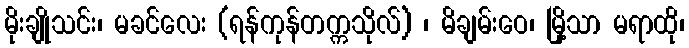
မိုးချိုသင်း၊ မခင်လေး (ရန်ကုန်တက္ကသိုလ်) ၊ မိချမ်းဝေ၊ မြို့သာ မရာထို၊